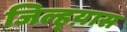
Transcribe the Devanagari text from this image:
जिल्ह्य़ास